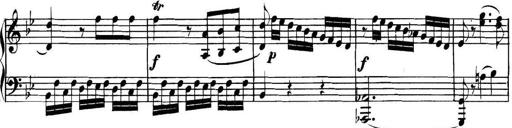
Title: Collected Piano Sonatas
Composer: Muzio Clementi